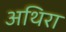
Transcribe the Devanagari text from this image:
अथिरा